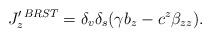
LaTeX: \begin{align*}J_z^{\prime\, BRST}=\delta_v\delta_s(\gamma b_{z}-c^z\beta_{zz}).\end{align*}